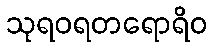
သုရဝရတရောရိဝ